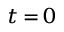
\scriptstyle t \, = \, 0